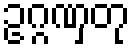
ဥဂ္ဂဏှတု